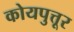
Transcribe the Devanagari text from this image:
कोयपुत्तूर